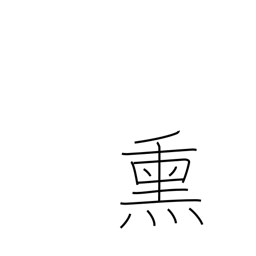
Meaning: fog